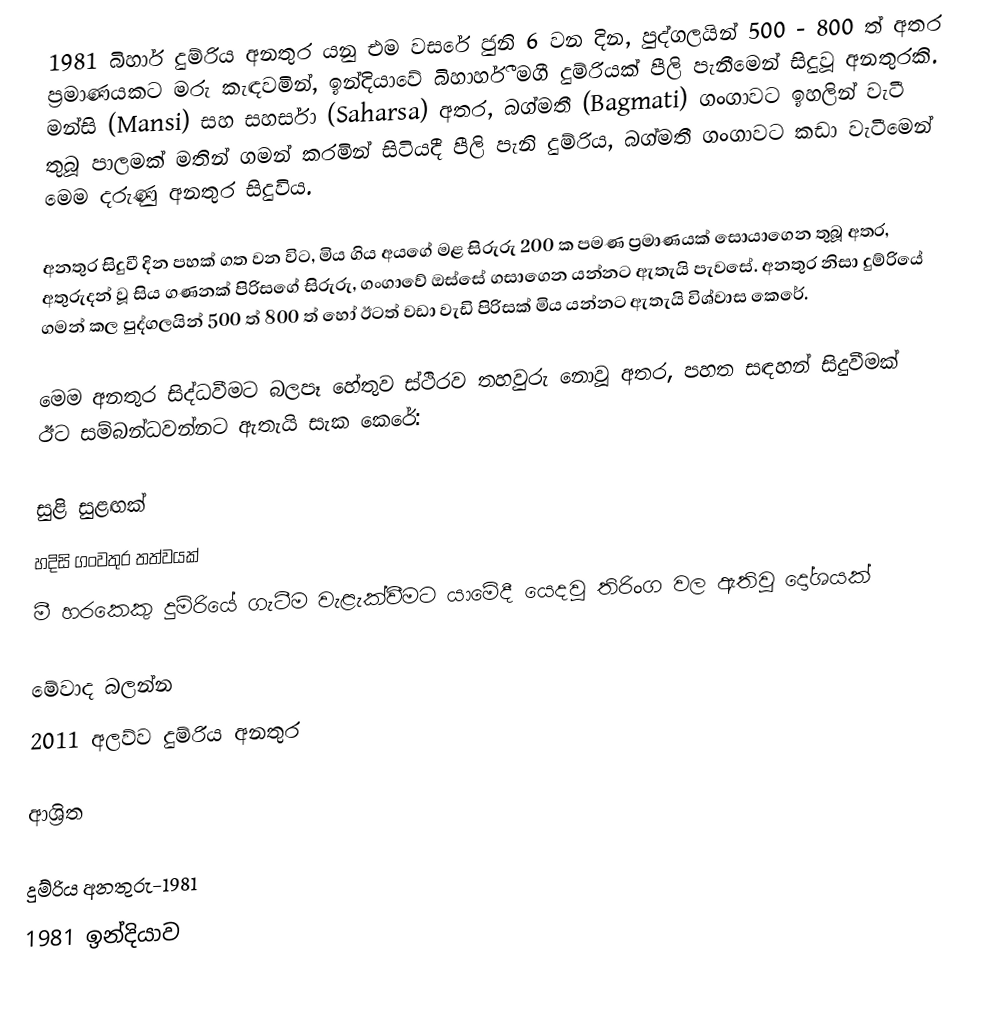
1981 බිහාර් දුම්රිය අනතුර යනු එම වසරේ ජුනි 6 වන දින, පුද්ගලයින් 500 - 800 ත් අතර ප්‍රමාණයකට මරු කැඳවමින්, ඉන්දියාවේ බිහාර්හී මගී දුම්රියක් පීලි පැනීමෙන් සිදුවූ අනතුරකි. මන්සි (Mansi) සහ සහර්සා (Saharsa) අතර, බග්මතී (Bagmati) ගංගාවට ඉහලින් වැටී තුබූ පාලමක් මතින් ගමන් කරමින් සිටියදී පීලි පැනි දුම්රිය, බග්මතී ගංගාවට කඩා වැටීමෙන් මෙම දරුණු අනතුර සිදුවිය.

අනතුර සිදුවී දින පහක් ගත වන විට, මිය ගිය අයගේ මළ සිරුරු 200 ක පමණ ප්‍රමාණයක් සොයාගෙන තුබූ අතර, අතුරුදන් වූ සිය ගණනක් පිරිසගේ සිරුරු, ගංගාවේ ඔස්සේ ගසාගෙන යන්නට ඇතැයි පැවසේ. අනතුර නිසා දුම්රියේ ගමන් කල පුද්ගලයින් 500 ත් 800 ත් හෝ ඊටත් වඩා වැඩි පිරිසක් මිය යන්නට ඇතැයි විශ්වාස කෙරේ.

මෙම අනතුර සිද්ධවීමට බලපෑ හේතුව ස්ථිරව තහවුරු නොවූ අතර, පහත සඳහන් සිදුවීමක් ඊට සම්බන්ධවන්නට ඇතැයි සැක කෙරේ:

 සුළි සුළඟක්
 හදිසි ගංවතුර තත්වයක්
 මී හරකෙකු දුම්රියේ ගැටීම වැළැක්වීමට යාමේදී යෙදවූ තිරිංග වල ඇතිවූ දෝශයක්

මේවාද බලන්න
 2011 අලව්ව දුම්රිය අනතුර

ආශ්‍රිත

දුම්රිය අනතුරු-1981
1981 ඉන්දියාව